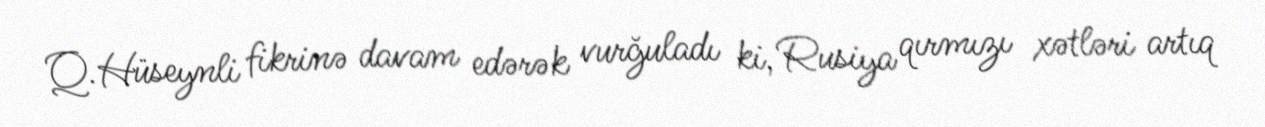
Q.Hüseynli fikrinə davam edərək vurğuladı ki, Rusiya qırmızı xətləri artıq